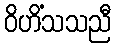
ဝိဟိံသသညီ